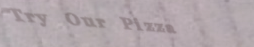
Try Our Pizza